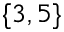
\{ 3 , 5 \}